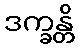
ဒက္ခန္တိ